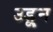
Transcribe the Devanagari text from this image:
उडू्न